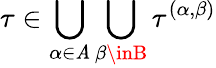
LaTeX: \tau\in\bigcup_{\alpha\in\mathit{A}}\bigcup_{\beta\inB}\tau^{(\alpha,\beta)}